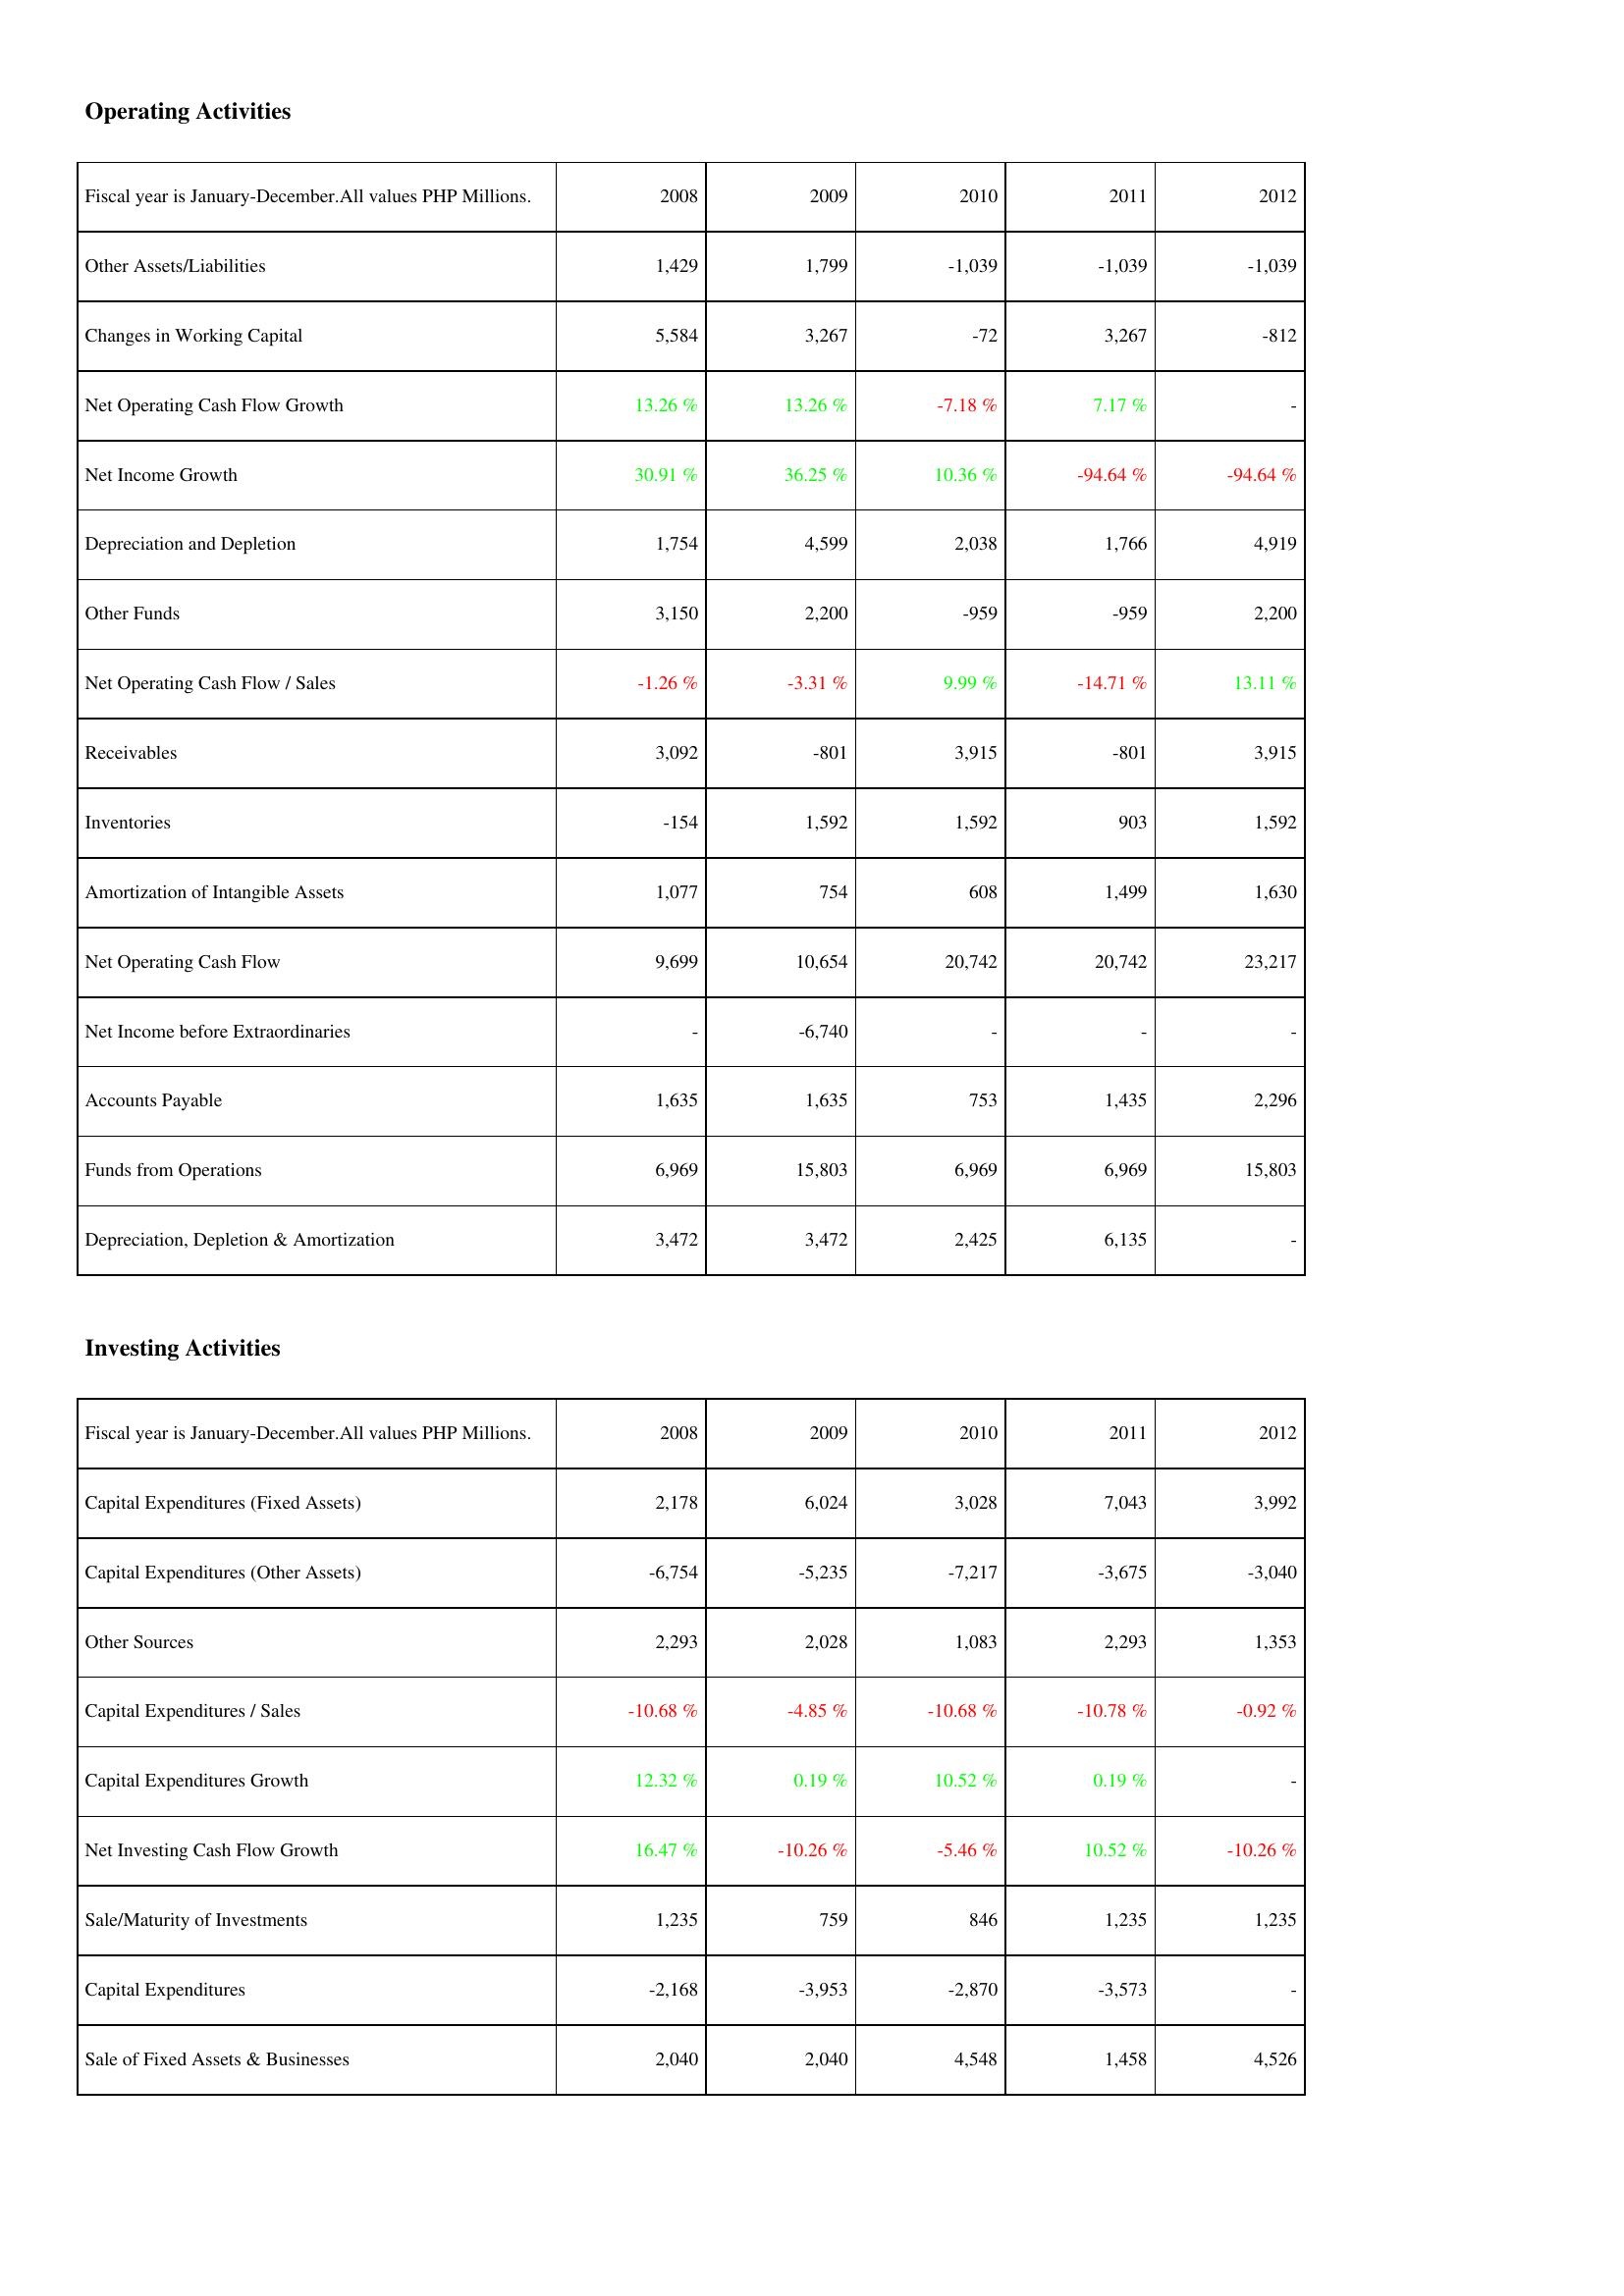
2008: Operating Activities: Other Assets/Liabilities: 1,429
Changes in Working Capital: 5,584
Net Operating Cash Flow Growth: 13.26 %
Net Income Growth: 30.91 %
Depreciation and Depletion: 1,754
Other Funds: 3,150
Net Operating Cash Flow / Sales: -1.26 %
Receivables: 3,092
Inventories: -154
Amortization of Intangible Assets: 1,077
Net Operating Cash Flow: 9,699
Net Income before Extraordinaries: -
Accounts Payable: 1,635
Funds from Operations: 6,969
Depreciation, Depletion & Amortization: 3,472
Investing Activities: Capital Expenditures (Fixed Assets): 2,178
Capital Expenditures (Other Assets): -6,754
Other Sources: 2,293
Capital Expenditures / Sales: -10.68 %
Capital Expenditures Growth: 12.32 %
Net Investing Cash Flow Growth: 16.47 %
Sale/Maturity of Investments: 1,235
Capital Expenditures: -2,168
Sale of Fixed Assets & Businesses: 2,040
2009: Operating Activities: Other Assets/Liabilities: 1,799
Changes in Working Capital: 3,267
Net Operating Cash Flow Growth: 13.26 %
Net Income Growth: 36.25 %
Depreciation and Depletion: 4,599
Other Funds: 2,200
Net Operating Cash Flow / Sales: -3.31 %
Receivables: -801
Inventories: 1,592
Amortization of Intangible Assets: 754
Net Operating Cash Flow: 10,654
Net Income before Extraordinaries: -6,740
Accounts Payable: 1,635
Funds from Operations: 15,803
Depreciation, Depletion & Amortization: 3,472
Investing Activities: Capital Expenditures (Fixed Assets): 6,024
Capital Expenditures (Other Assets): -5,235
Other Sources: 2,028
Capital Expenditures / Sales: -4.85 %
Capital Expenditures Growth: 0.19 %
Net Investing Cash Flow Growth: -10.26 %
Sale/Maturity of Investments: 759
Capital Expenditures: -3,953
Sale of Fixed Assets & Businesses: 2,040
2010: Operating Activities: Other Assets/Liabilities: -1,039
Changes in Working Capital: -72
Net Operating Cash Flow Growth: -7.18 %
Net Income Growth: 10.36 %
Depreciation and Depletion: 2,038
Other Funds: -959
Net Operating Cash Flow / Sales: 9.99 %
Receivables: 3,915
Inventories: 1,592
Amortization of Intangible Assets: 608
Net Operating Cash Flow: 20,742
Net Income before Extraordinaries: -
Accounts Payable: 753
Funds from Operations: 6,969
Depreciation, Depletion & Amortization: 2,425
Investing Activities: Capital Expenditures (Fixed Assets): 3,028
Capital Expenditures (Other Assets): -7,217
Other Sources: 1,083
Capital Expenditures / Sales: -10.68 %
Capital Expenditures Growth: 10.52 %
Net Investing Cash Flow Growth: -5.46 %
Sale/Maturity of Investments: 846
Capital Expenditures: -2,870
Sale of Fixed Assets & Businesses: 4,548
2011: Operating Activities: Other Assets/Liabilities: -1,039
Changes in Working Capital: 3,267
Net Operating Cash Flow Growth: 7.17 %
Net Income Growth: -94.64 %
Depreciation and Depletion: 1,766
Other Funds: -959
Net Operating Cash Flow / Sales: -14.71 %
Receivables: -801
Inventories: 903
Amortization of Intangible Assets: 1,499
Net Operating Cash Flow: 20,742
Net Income before Extraordinaries: -
Accounts Payable: 1,435
Funds from Operations: 6,969
Depreciation, Depletion & Amortization: 6,135
Investing Activities: Capital Expenditures (Fixed Assets): 7,043
Capital Expenditures (Other Assets): -3,675
Other Sources: 2,293
Capital Expenditures / Sales: -10.78 %
Capital Expenditures Growth: 0.19 %
Net Investing Cash Flow Growth: 10.52 %
Sale/Maturity of Investments: 1,235
Capital Expenditures: -3,573
Sale of Fixed Assets & Businesses: 1,458
2012: Operating Activities: Other Assets/Liabilities: -1,039
Changes in Working Capital: -812
Net Operating Cash Flow Growth: -
Net Income Growth: -94.64 %
Depreciation and Depletion: 4,919
Other Funds: 2,200
Net Operating Cash Flow / Sales: 13.11 %
Receivables: 3,915
Inventories: 1,592
Amortization of Intangible Assets: 1,630
Net Operating Cash Flow: 23,217
Net Income before Extraordinaries: -
Accounts Payable: 2,296
Funds from Operations: 15,803
Depreciation, Depletion & Amortization: -
Investing Activities: Capital Expenditures (Fixed Assets): 3,992
Capital Expenditures (Other Assets): -3,040
Other Sources: 1,353
Capital Expenditures / Sales: -0.92 %
Capital Expenditures Growth: -
Net Investing Cash Flow Growth: -10.26 %
Sale/Maturity of Investments: 1,235
Capital Expenditures: -
Sale of Fixed Assets & Businesses: 4,526